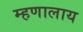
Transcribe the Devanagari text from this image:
म्हणालाय